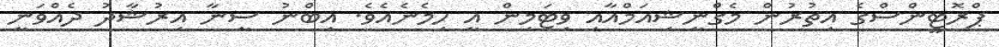
ޕްރޮޓީންސްގެ އިތުރުން މެގްނީޝިއަމްއާއި ވިޓަމިން އީ ހިމެނެއެވެ. އިބްނު ސީނާ އިރުޝާދު ދެއްވަނީ